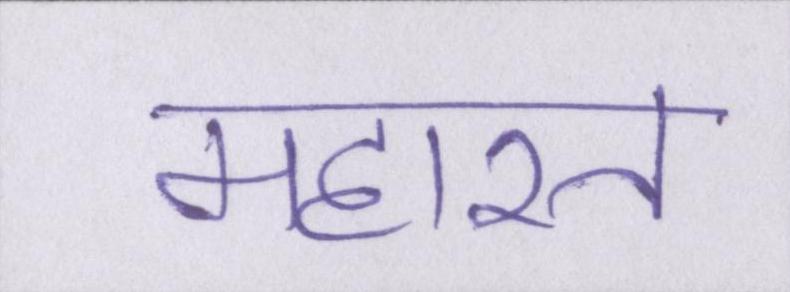
महारत